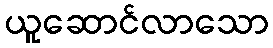
ယူဆောင်လာသော